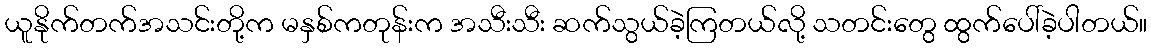
ယူနိုက်တက်အသင်းတို့က မနှစ်ကတုန်းက အသီးသီး ဆက်သွယ်ခဲ့ကြတယ်လို့ သတင်းတွေ ထွက်ပေါ်ခဲ့ပါတယ်။